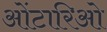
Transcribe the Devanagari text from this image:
ओंटारिओ